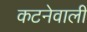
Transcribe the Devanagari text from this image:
कटनेवाली